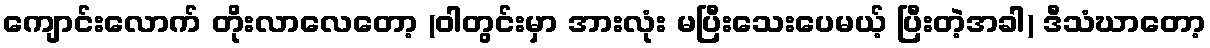
ကျောင်းလောက် တိုးလာလေတော့ (ဝါတွင်းမှာ အားလုံး မပြီးသေးပေမယ့် ပြီးတဲ့အခါ) ဒီသံဃာတော့